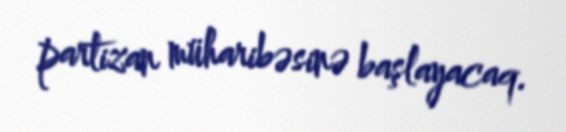
partizan müharibəsinə başlayacaq.